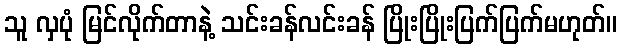
သူ လှပုံ မြင်လိုက်တာနဲ့ သင်းခန်လင်းခန် ပြိုးပြိုးပြက်ပြက်မဟုတ်။